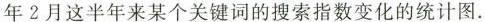
年2月这半年来某个关键词的搜索指数变化的统计图。